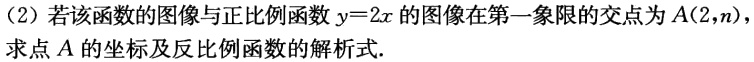
(2) 若该函数的图像与正比例函数\(y = 2x\)的图像在第一象限的交点为\(A(2,n)\)，求点\(A\)的坐标及反比例函数的解析式.